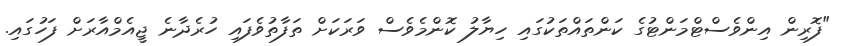
"ފޮރިން އިންވެސްޓްމަންޓުގެ ކަންތައްތަކުގައި ހިޔާލު ކޮންމެވެސް ވަރަކަށް ތަފާތުވެފައި ހުރެދާނެ ޖީއެމްއާރަށް ފަހުގައި.